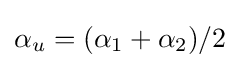
\alpha _{u}=(\alpha _{1}+\alpha _{2})/2